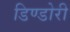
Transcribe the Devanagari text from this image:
डिण्डोरी